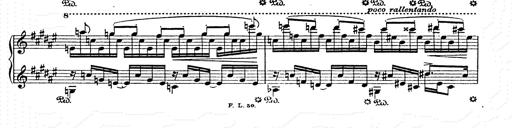
Title: AnnÃ©es de pÃ¨lerinage II
Composer: Franz Liszt